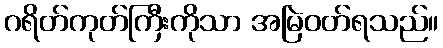
ဂရိတ်ကုတ်ကြီးကိုသာ အမြဲဝတ်ရသည်။